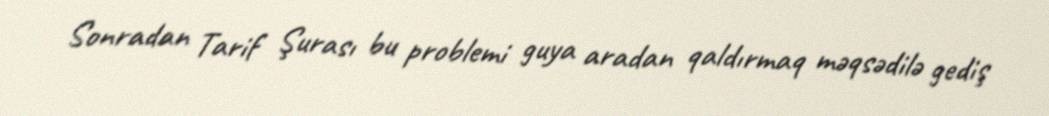
Sonradan Tarif Şurası bu problemi guya aradan qaldırmaq məqsədilə gediş